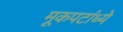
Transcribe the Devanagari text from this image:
मूकपटांध्ये